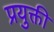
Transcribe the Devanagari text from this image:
प्रयुक्ती